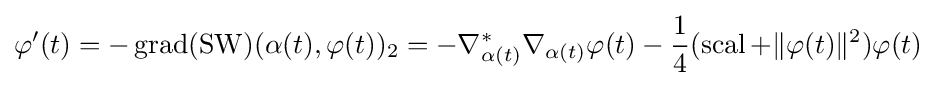
\varphi '(t)=-\operatorname {grad} (\operatorname {SW} )(\alpha (t),\varphi (t))_{2}=-\nabla _{\alpha (t)}^{*}\nabla _{\alpha (t)}\varphi (t)-{\frac {1}{4}}(\operatorname {scal} +\|\varphi (t)\|^{2})\varphi (t)